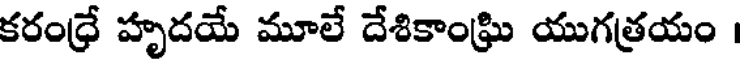
కరంధ్రే హృదయే మూలే దేశికాంఘ్రి యుగత్రయం ।